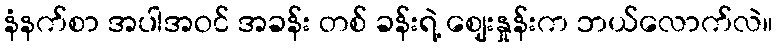
နံနက်စာ အပါအဝင် အခန်း တစ် ခန်းရဲ့ ဈေးနှုန်းက ဘယ်လောက်လဲ။